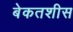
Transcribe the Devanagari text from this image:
बेकतशीस